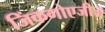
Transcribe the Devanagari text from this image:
जिंकगोएजीज़